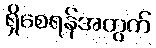
ရှိစေရန်အတွက်